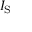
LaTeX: I _ { \mathrm { S } }